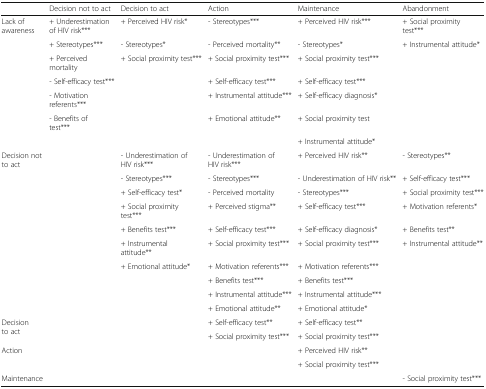
|  | Decision not to act | Decision to act | Action | Maintenance | Abandonment |
 | --- | --- | --- | --- | --- | --- |
 | <ROWSPAN=7> Lack of awareness | + Underestimation of HIV risk*** | + Perceived HIV risk* | - Stereotypes*** | + Perceived HIV risk*** | + Social proximity test*** |
 | + Stereotypes*** | - Stereotypes* | - Perceived mortality** | - Stereotypes* | + Instrumental attitude* |
 | + Perceived mortality | + Social proximity test*** | + Social proximity test*** | + Social proximity test*** |  |
 | - Self-efficacy test*** |  | + Self-efficacy test*** | + Self-efficacy test*** |  |
 | - Motivation referents*** |  | + Instrumental attitude*** | + Self-efficacy diagnosis* |  |
 | - Benefits of test*** |  | + Emotional attitude** | + Social proximity test |  |
 |  |  |  | + Instrumental attitude* |  |
 | <ROWSPAN=10> Decision not to act |  | - Underestimation of HIV risk*** | - Underestimation of HIV risk*** | + Perceived HIV risk** | - Stereotypes** |
 |  | - Stereotypes*** | - Stereotypes*** | - Underestimation of HIV risk** | + Self-efficacy test*** |
 |  | + Self-efficacy test* | - Perceived mortality | - Stereotypes*** | + Social proximity test*** |
 |  | + Social proximity test*** | + Perceived stigma** | + Self-efficacy test*** | + Motivation referents* |
 |  | + Benefits test*** | + Self-efficacy test*** | + Self-efficacy diagnosis* | + Benefits test** |
 |  | + Instrumental attitude** | + Social proximity test*** | + Social proximity test*** | + Instrumental attitude** |
 |  | + Emotional attitude* | + Motivation referents*** | + Motivation referents*** |  |
 |  |  | + Benefits test*** | + Benefits test*** |  |
 |  |  | + Instrumental attitude*** | + Instrumental attitude*** |  |
 |  |  | + Emotional attitude** | + Emotional attitude* |  |
 | <ROWSPAN=2> Decision to act |  |  | + Self-efficacy test** | + Self-efficacy test** |  |
 |  |  | + Social proximity test*** | + Social proximity test*** |  |
 | Action |  |  |  | + Perceived HIV risk** |  |
 |  |  |  |  | + Social proximity test*** |  |
 | Maintenance |  |  |  |  | - Social proximity test*** |